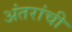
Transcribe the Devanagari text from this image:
अंतरांची